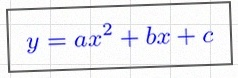
y=ax^2+bx+c